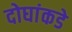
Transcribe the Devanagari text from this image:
दोघांकडे